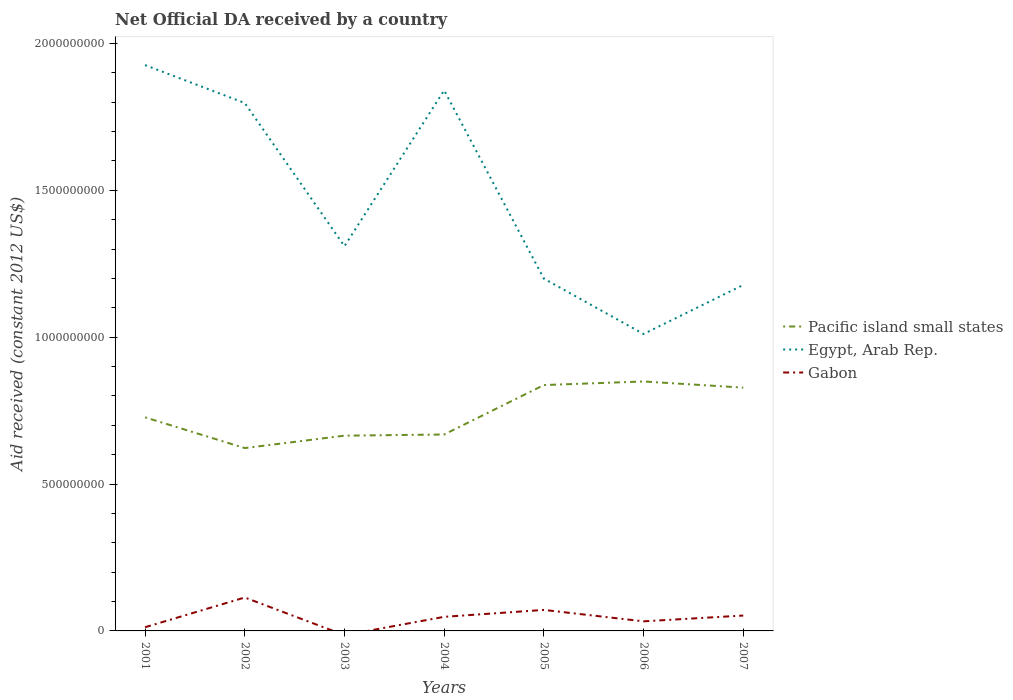
| Years | Pacific island small states | Egypt, Arab Rep. | Gabon |
 | --- | --- | --- | --- |
 | 2001 | 7.27e+08 | 1.93e+09 | 1.26e+07 |
 | 2002 | 6.22e+08 | 1.8e+09 | 1.14e+08 |
 | 2003 | 6.65e+08 | 1.31e+09 | -1.44e+07 |
 | 2004 | 6.69e+08 | 1.84e+09 | 4.8e+07 |
 | 2005 | 8.37e+08 | 1.2e+09 | 7.15e+07 |
 | 2006 | 8.49e+08 | 1.01e+09 | 3.27e+07 |
 | 2007 | 8.28e+08 | 1.18e+09 | 5.24e+07 |